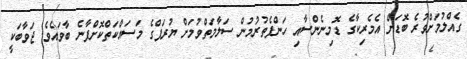
ގެއްލުމަށްވުރެ ބޮޑަށް އެމެރިކާގެ ޑޮމިނެންސާއި ހަންފެތުރުމުން ސަލާމަތްވުމަށް ޔުރަޕްގެ މަސައްކަތްކޮށްފާނެ ބާވައެވެ. ޖަވާބަކީ